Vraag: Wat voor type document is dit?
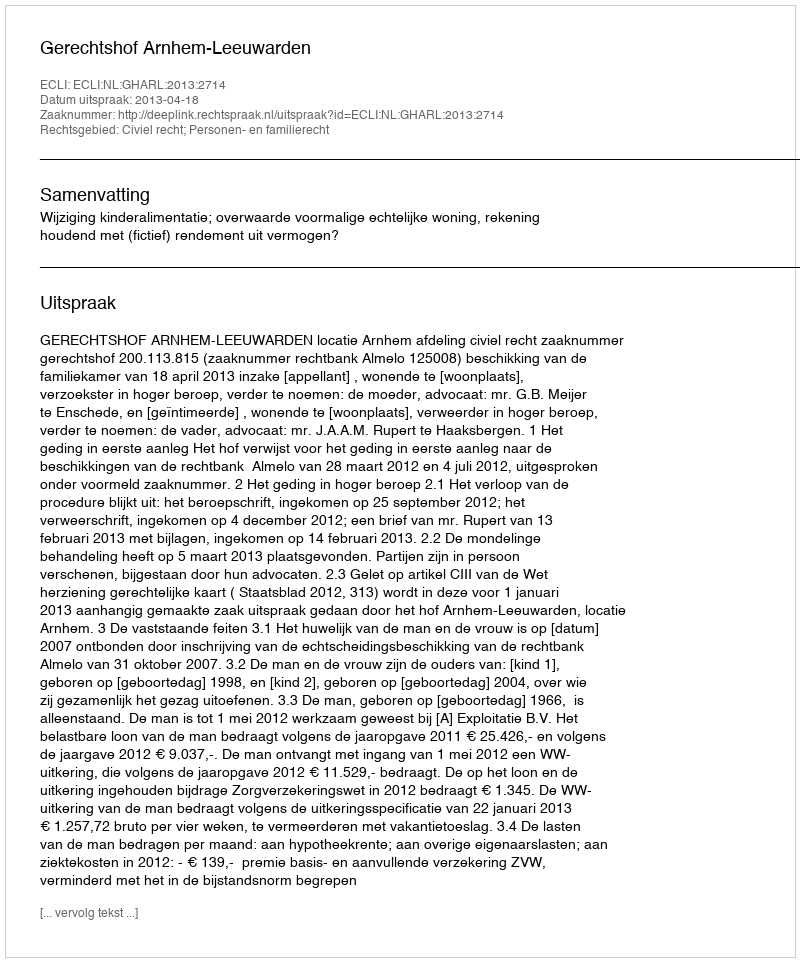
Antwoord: Uitspraak